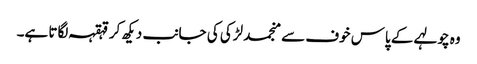
وہ چولہے کے پاس خوف سے منجمد لڑکی کی جانب دیکھ کر قہقہہ لگاتا ہے۔